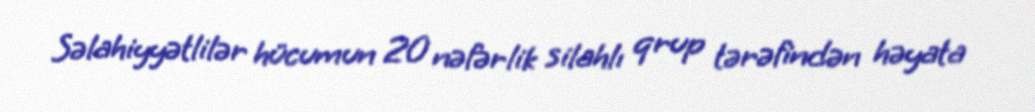
Səlahiyyətlilər hücumun 20 nəfərlik silahlı qrup tərəfindən həyata